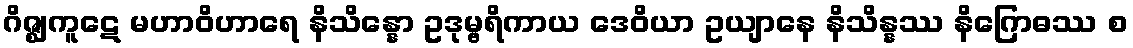
ဂိဇ္ဈကူဋေ မဟာဝိဟာရေ နိသိန္နော ဥဒုမ္ဗရိကာယ ဒေဝိယာ ဥယျာနေ နိသိန္နဿ နိဂြောဓဿ စ